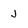
Character: J